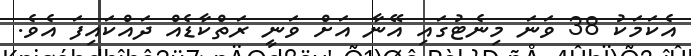
އެކަމަކު 38 ވަނަ މިނެޓުގައި އޭނާ އަށް ވަނީ ރަތްކާޑެއް ދައްކައިފަ އެވެ.